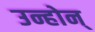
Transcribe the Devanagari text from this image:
उन्होन्